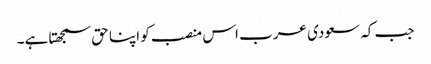
جب کہ سعودی عرب اس منصب کو اپنا حق سمجھتا ہے۔